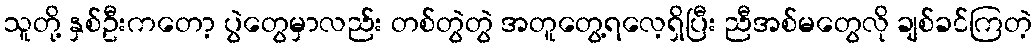
သူတို့ နှစ်ဦးကတော့ ပွဲတွေမှာလည်း တစ်တွဲတွဲ အတူတွေ့ရလေ့ရှိပြီး ညီအစ်မတွေလို ချစ်ခင်ကြတဲ့